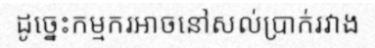
ដូច្នេះកម្មករអាចនៅសល់ប្រាក់រវាង